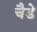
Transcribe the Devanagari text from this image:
चैडे